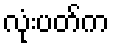
လုံးပတ်က